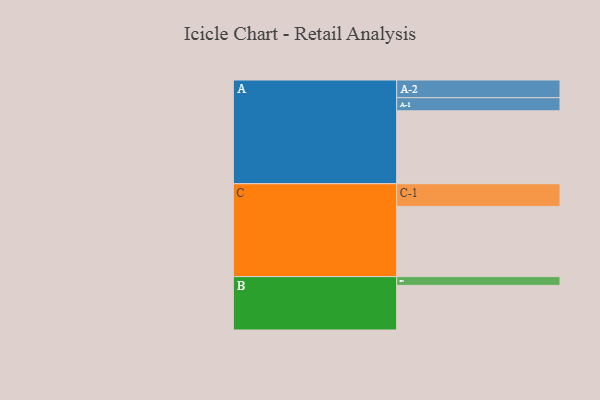
{"axis": {"x": "Segment", "y": "Value"}, "legend": ["", "A", "B", "C"], "data": [{"x": "A", "y": 572, "type": ""}, {"x": "B", "y": 350, "type": ""}, {"x": "C", "y": 551, "type": ""}, {"x": "A-1", "y": 103, "type": "A"}, {"x": "A-2", "y": 139, "type": "A"}, {"x": "B-1", "y": 69, "type": "B"}, {"x": "C-1", "y": 178, "type": "C"}]}